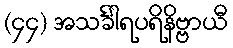
(၄၄) အသင်္ခါရပရိနိဗ္ဗာယီ